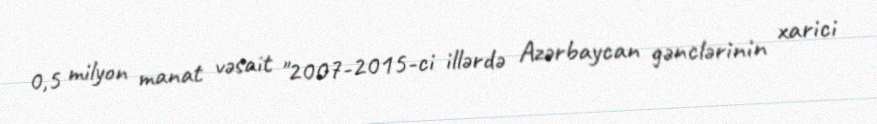
0,5 milyon manat vəsait "2007-2015-ci illərdə Azərbaycan gənclərinin xarici